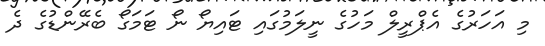
މި އަހަރުގެ އެޕްރީލް މަހުގެ ނީލަމުގައި ޓައިޔޯ ނޯ ޓަމަގޯ ބެރޭންޑުގެ ދެ